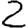
Digit: 2